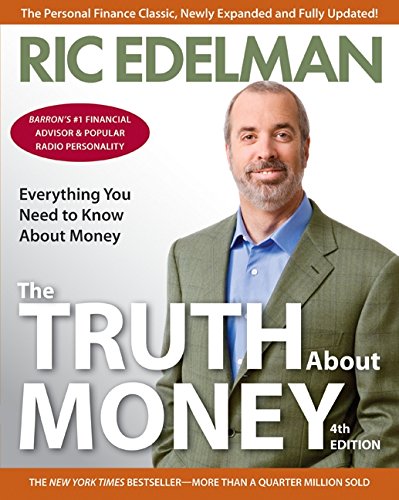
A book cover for The Truth About Money 4th Edition; Ric Edelman; Business & Money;